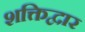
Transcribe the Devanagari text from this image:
शक्तिद्वार